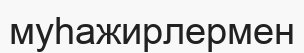
муһажирлермен